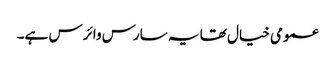
عمومی خیال تھا یہ سارس وائرس ہے۔